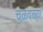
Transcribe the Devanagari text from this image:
चळवळ्या